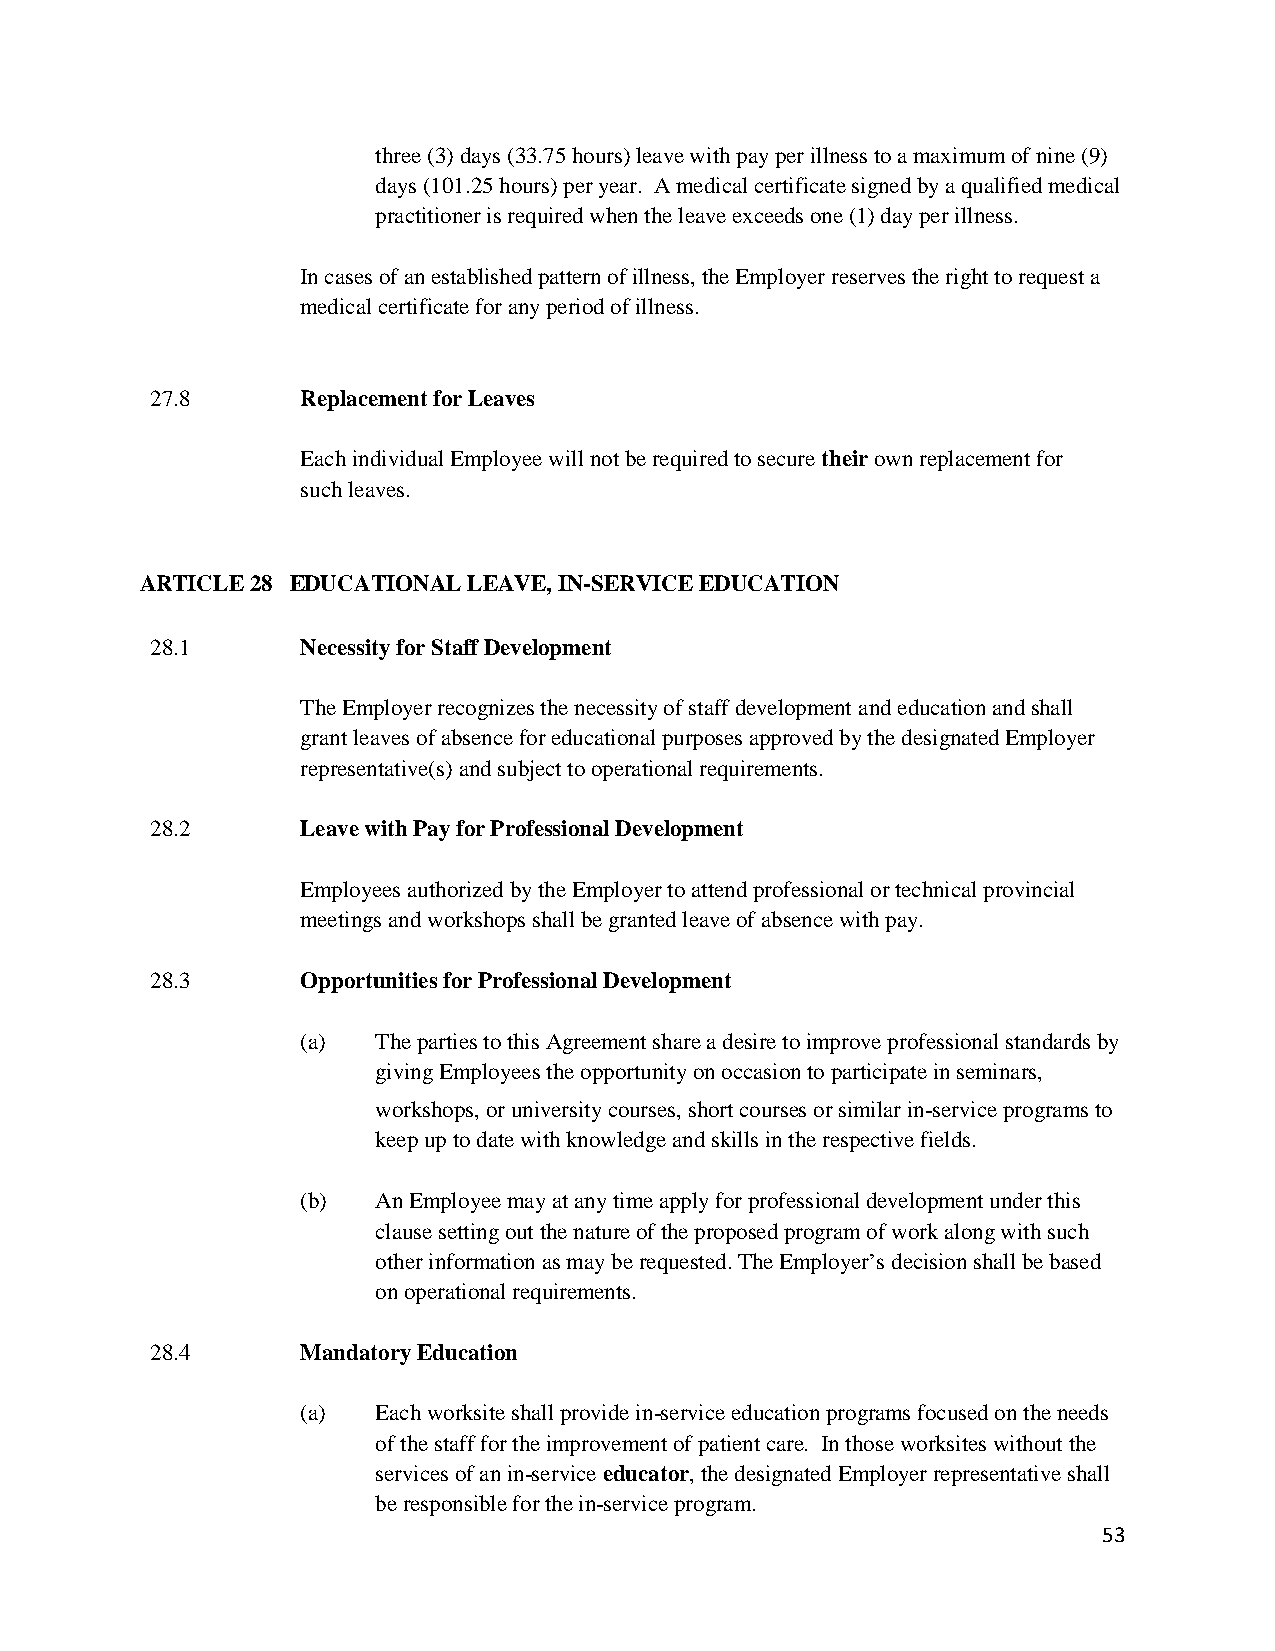
three (3) days (33.75 hours) leave with pay per illness to a maximum of nine (9)
 days (101.25 hours) per year. A medical certificate signed by a qualified medical
 practitioner is required when the leave exceeds one (1) day per illness.
 In cases of an established pattern of illness, the Employer reserves the right to request a
 medical certificate for any period of illness.
 27.8      Replacement for Leaves
 Each individual Employee will not be required to secure their own replacement for
 such leaves.
 ARTICLE 28 EDUCATIONAL LEAVE, IN-SERVICE EDUCATION
 28.1      Necessity for Staff Development
 The Employer recognizes the necessity of staff development and education and shall
 grant leaves of absence for educational purposes approved by the designated Employer
 representative(s) and subject to operational requirements.
 28.2      Leave with Pay for Professional Development
 Employees authorized by the Employer to attend professional or technical provincial
 meetings and workshops shall be granted leave of absence with pay.
 28.3      Opportunities for Professional Development
 (a)  The parties to this Agreement share a desire to improve professional standards by
 giving Employees the opportunity on occasion to participate in seminars,
 workshops, or university courses, short courses or similar in-service programs to
 keep up to date with knowledge and skills in the respective fields.
 (b)  An Employee may at any time apply for professional development under this
 clause setting out the nature of the proposed program of work along with such
 other information as may be requested. The Employer’s decision shall be based
 on operational requirements.
 28.4      Mandatory Education
 (a)  Each worksite shall provide in-service education programs focused on the needs
 of the staff for the improvement of patient care. In those worksites without the
 services of an in-service educator, the designated Employer representative shall
 be responsible for the in-service program.
 53